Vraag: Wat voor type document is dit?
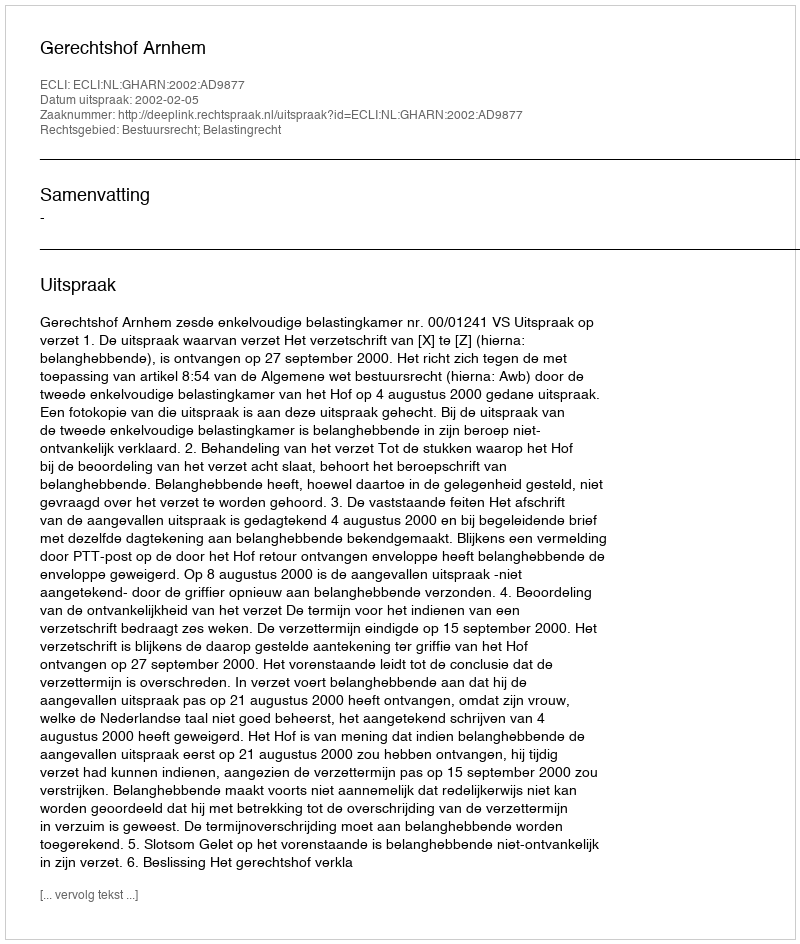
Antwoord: Uitspraak